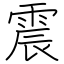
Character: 震